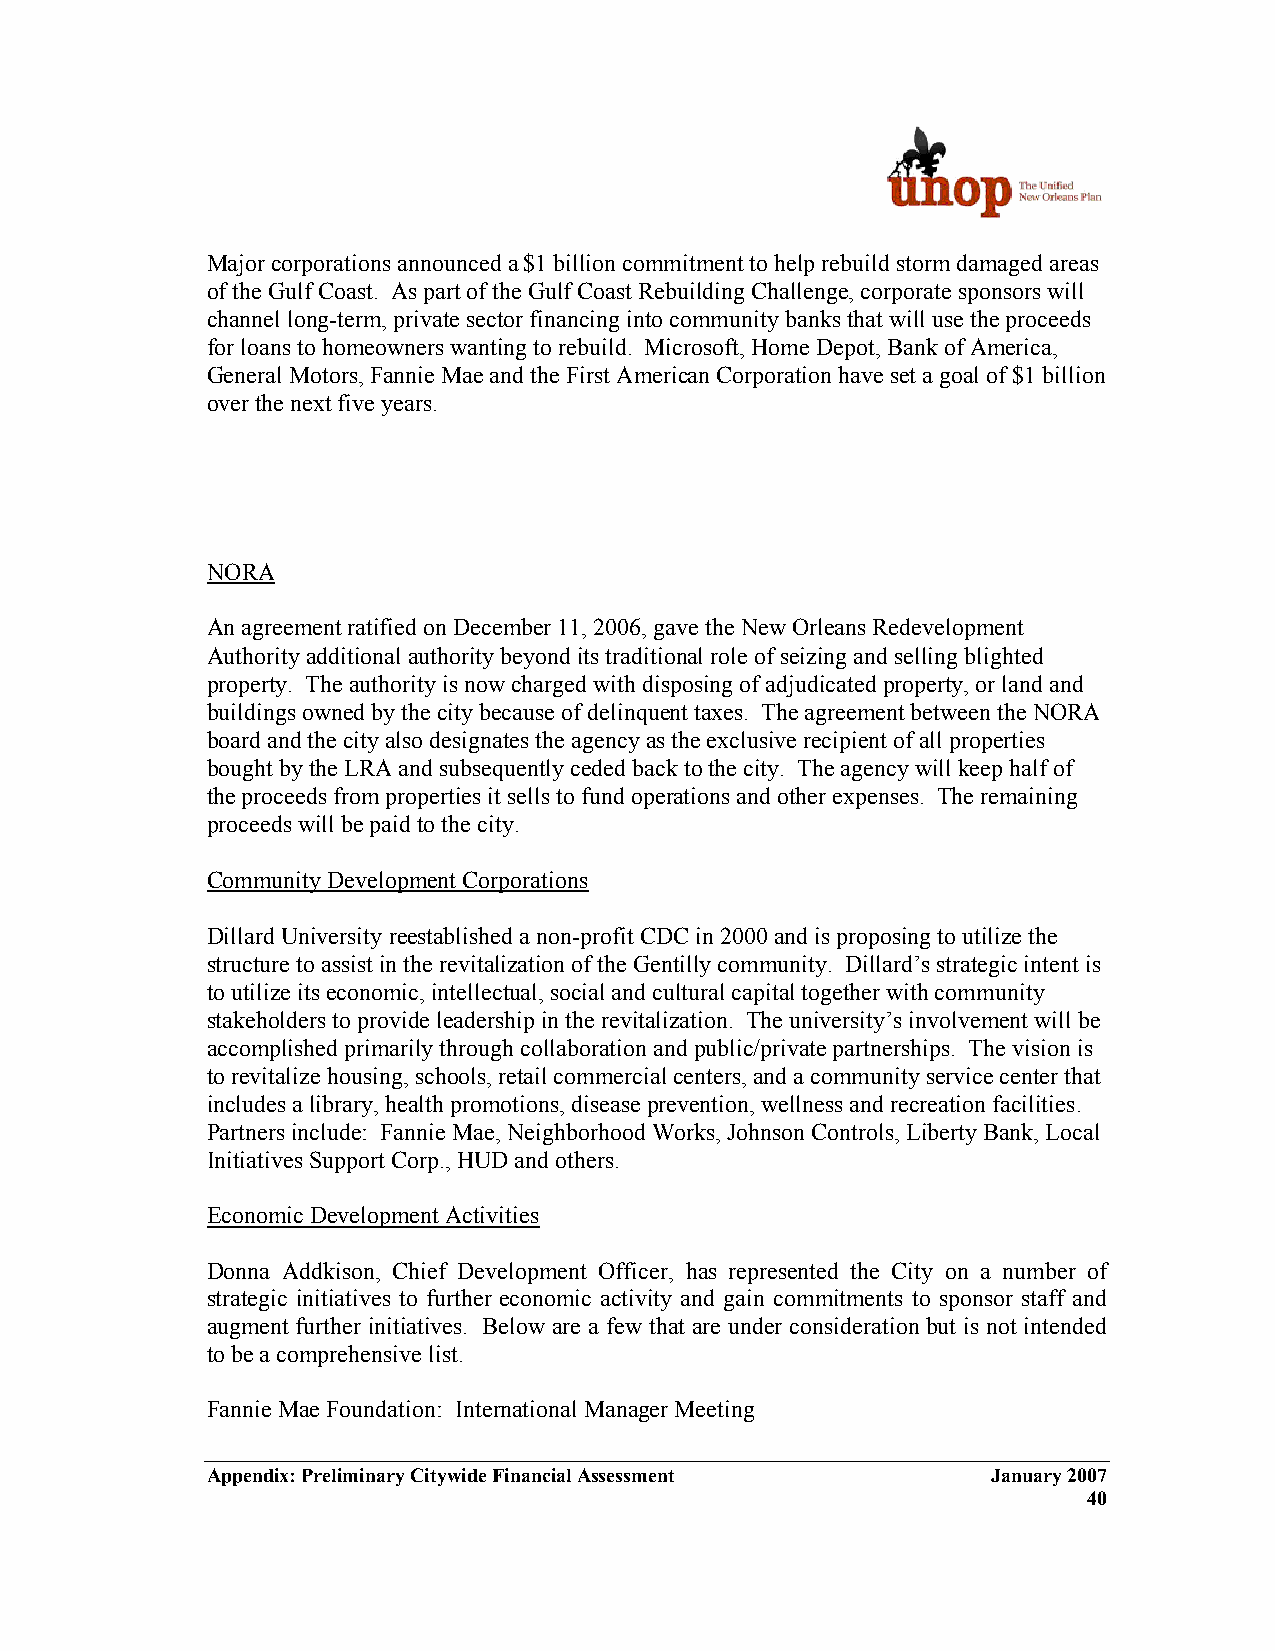
Major corporations announced a $1 billion commitment to help rebuild storm damaged areas
 of the Gulf Coast. As part of the Gulf Coast Rebuilding Challenge, corporate sponsors will
 channel long-term, private sector financing into community banks that will use the proceeds
 for loans to homeowners wanting to rebuild. Microsoft, Home Depot, Bank of America,
 General Motors, Fannie Mae and the First American Corporation have set a goal of $1 billion
 over the next five years.
 NORA
 An agreement ratified on December 11, 2006, gave the New Orleans Redevelopment
 Authority additional authority beyond its traditional role of seizing and selling blighted
 property. The authority is now charged with disposing of adjudicated property, or land and
 buildings owned by the city because of delinquent taxes. The agreement between the NORA
 board and the city also designates the agency as the exclusive recipient of all properties
 bought by the LRA and subsequently ceded back to the city. The agency will keep half of
 the proceeds from properties it sells to fund operations and other expenses. The remaining
 proceeds will be paid to the city.
 Community Development Corporations
 Dillard University reestablished a non-profit CDC in 2000 and is proposing to utilize the
 structure to assist in the revitalization of the Gentilly community. Dillard’s strategic intent is
 to utilize its economic, intellectual, social and cultural capital together with community
 stakeholders to provide leadership in the revitalization. The university’s involvement will be
 accomplished primarily through collaboration and public/private partnerships. The vision is
 to revitalize housing, schools, retail commercial centers, and a community service center that
 includes a library, health promotions, disease prevention, wellness and recreation facilities.
 Partners include: Fannie Mae, Neighborhood Works, Johnson Controls, Liberty Bank, Local
 Initiatives Support Corp., HUD and others.
 Economic Development Activities
 Donna Addkison, Chief Development Officer, has represented the City on a number of
 strategic initiatives to further economic activity and gain commitments to sponsor staff and
 augment further initiatives. Below are a few that are under consideration but is not intended
 to be a comprehensive list.
 Fannie Mae Foundation: International Manager Meeting
 Appendix: Preliminary Citywide Financial Assessment January 2007
 40